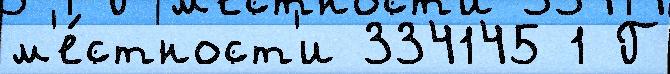
м'е́стност'и 334145 1 Г